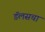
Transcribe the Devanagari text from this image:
डॅलसचा